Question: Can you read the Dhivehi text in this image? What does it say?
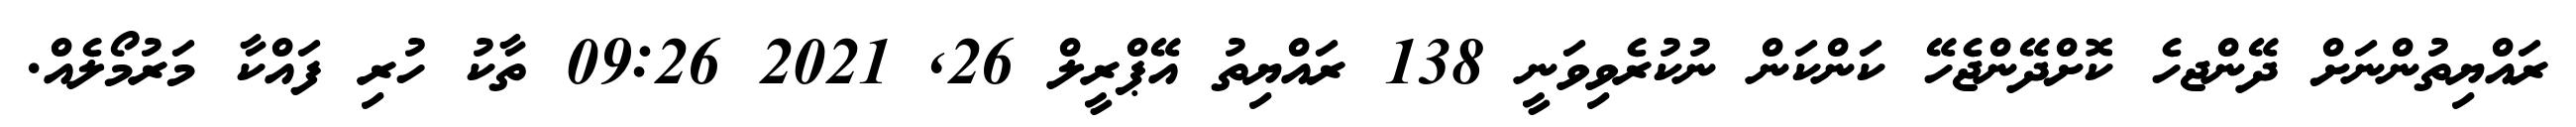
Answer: ރައްޔިތުންނަށް ދޭންޖހެ ކޮށްދޭންޖެހޭ ކަންކަން ނުކުރެވިވަނީ 138 ރައްޔިތު އޭޕްރީލް 26, 2021 09:26 ތާކު ހުރި ފައްކާ މަރުމޯލެއް.